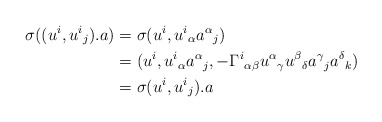
\begin{align*}\sigma((u^i,u^i{}_j).a)&=\sigma(u^i,u^i{}_\alpha a^\alpha{}_j)\\*&=(u^i,u^i{}_\alpha a^\alpha{}_j,-\Gamma^i{}_{\alpha\beta}u^\alpha{}_\gamma u^\beta{}_\delta a^\gamma{}_ja^\delta{}_k)\\*&=\sigma(u^i,u^i{}_j).a\end{align*}